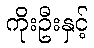
ကိုးဦးနှင့်